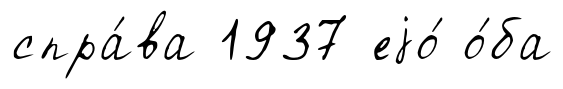
спра́ва 1937 еjо́ о́ба